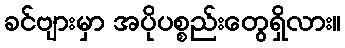
ခင်ဗျားမှာ အပိုပစ္စည်းတွေရှိလား။